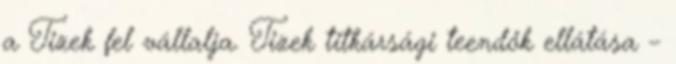
a Tizek fel vállalja. Tizek titkársági teendők ellátása –